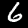
Label: 6